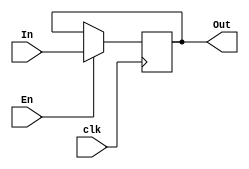
module PCregister(In,Out,En,clk);

	input En,clk;
	input [31:0] In;
	
	output reg [31:0] Out=0;

	always @(negedge clk)
	begin
	if(En==1'b1) Out = In;
	end
	
endmodule